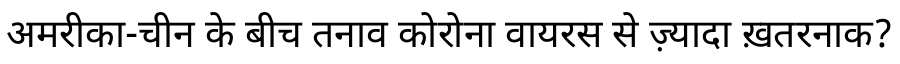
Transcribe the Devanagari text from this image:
अमरीका-चीन के बीच तनाव कोरोना वायरस से ज़्यादा ख़तरनाक?